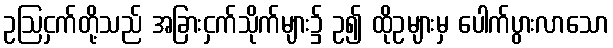
ဥဩငှက်တို့သည် အခြားငှက်သိုက်များ၌ ဥ၍ ထိုဥများမှ ပေါက်ပွားလာသော